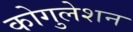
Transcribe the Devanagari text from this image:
कोगुलेशन